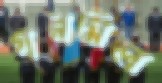
গরমিল